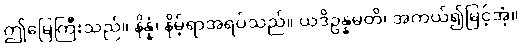
ဤမြေကြီးသည်။ နိန္နံ၊ နိမ့်ရာအရပ်သည်။ ယဒိဥန္နမတိ၊ အကယ်၍မြင့်အံ့။